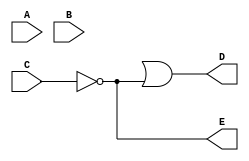
// Modelo Verilog de circuito simple con retardo de propagracin

`timescale 1ns/1ps

module circuito_simple_con_retardo_de_prop (A, B, C, D, E);

    output D, E;
    input A, B, C;
    wire w1;

    and #30 G1 (wl, A, B);
    not #10 G2 (E, C);
    or #20 G3 (D, w1, E);

endmodule